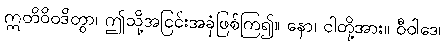
ဣတိဝိဝဒိတွာ၊ ဤသို့အငြင်းအခုံဖြစ်ကြ၍။ နော၊ ငါတို့အား။ ဝီဝါဒေ၊